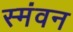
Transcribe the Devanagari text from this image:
स्मंवन